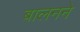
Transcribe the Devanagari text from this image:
बालनने